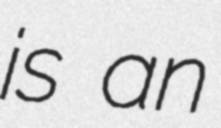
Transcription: is an